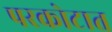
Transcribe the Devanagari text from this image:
परकोटात